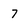
Character: 7